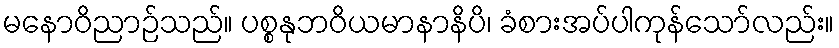
မနောဝိညာဉ်သည်။ ပစ္စနုဘဝိယမာနာနိပိ၊ ခံစားအပ်ပါကုန်သော်လည်း။